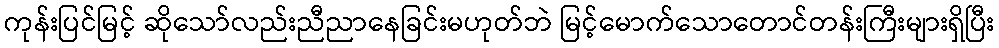
ကုန်းပြင်မြင့် ဆိုသော်လည်းညီညာနေခြင်းမဟုတ်ဘဲ မြင့်မောက်သောတောင်တန်းကြီးများရှိပြီး